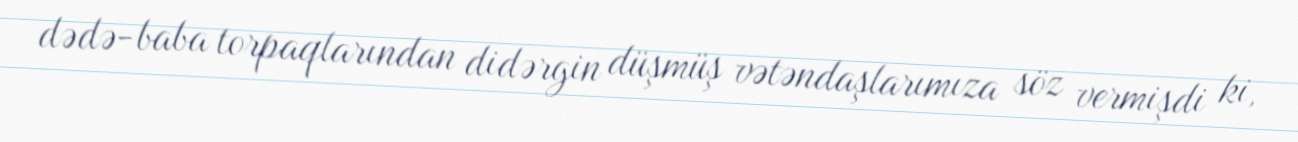
dədə-baba torpaqlarından didərgin düşmüş vətəndaşlarımıza söz vermişdi ki,